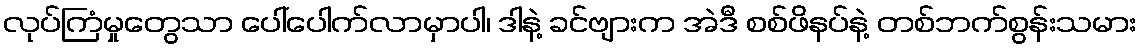
လုပ်ကြံမှုတွေသာ ပေါ်ပေါက်လာမှာပါ၊ ဒါနဲ့ ခင်ဗျားက အဲဒီ စစ်ဖိနပ်နဲ့ တစ်ဘက်စွန်းသမား